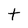
Character: t